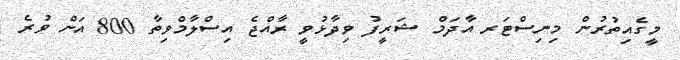
މީގެއިތުރުން މިނިސްޓަރ އާދަމް ޝަރީފު ވިދާޅުވީ ރާއްޖެ އިސްލާމްވިތާ 800 އަށް ވުރެ